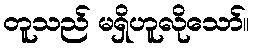
တူသည် မရှိဟူလိုသော်။